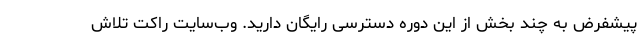
پیشفرض به چند بخش از این دوره دسترسی رایگان دارید. وب‌سایت راکت تلاش